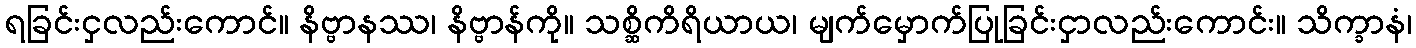
ရခြင်းငှလည်းကောင်။ နိဗ္ဗာနဿ၊ နိဗ္ဗာန်ကို။ သစ္ဆိကိရိယာယ၊ မျက်မှောက်ပြုခြင်းငှာလည်းကောင်း။ သိက္ခာနံ၊